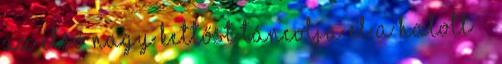
az első nagy kettőst táncolja el a halott